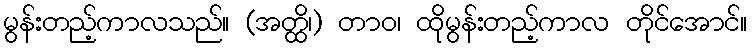
မွန်းတည့်ကာလသည်။ (အတ္ထိ၊) တာဝ၊ ထိုမွန်းတည့်ကာလ တိုင်အောင်။